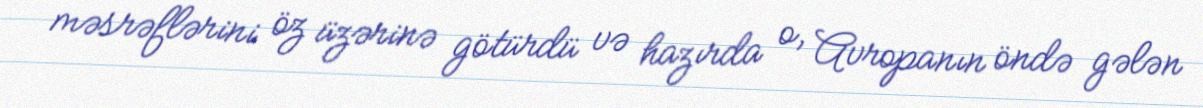
məsrəflərini öz üzərinə götürdü və hazırda o, Avropanın öndə gələn